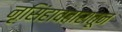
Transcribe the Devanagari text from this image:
नृसिंहावतारातून